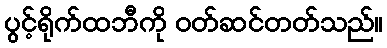
ပွင့်ရိုက်ထဘီကို ဝတ်ဆင်တတ်သည်။